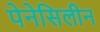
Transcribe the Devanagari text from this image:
पेनेसिलीन